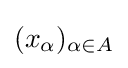
(x_{\alpha })_{\alpha \in A}